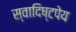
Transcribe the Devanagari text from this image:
स्वादिष्टपेय